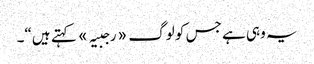
یہ وہی ہے جس کو لوگ «رجبیہ» کہتے ہیں“۔